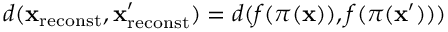
d ( { \bf x } _ { \mathrm { r e c o n s t } } , { \bf x } _ { \mathrm { r e c o n s t } } ^ { \prime } ) = d ( f ( \pi ( { \bf x } ) ) , f ( \pi ( { \bf x } ^ { \prime } ) ) )